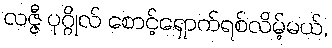
လဇ္ဇီ ပုဂ္ဂိုလ် စောင့်ရှောက်ရစ်လိမ့်မယ်,